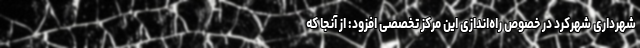
شهرداری شهرکرد در خصوص راه‌اندازی این مرکز تخصصی افزود: از آنجا که